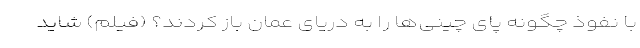
با نفوذ چگونه پای چینی‌‌ها را به دریای عمان باز کردند؟ (فیلم) شاید